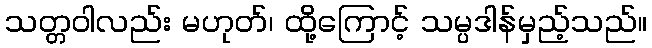
သတ္တဝါလည်း မဟုတ်၊ ထို့ကြောင့် သမ္ပဒါန်မှည့်သည်။